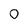
Character: 0